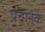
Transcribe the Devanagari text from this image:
पचानेके